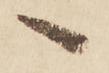
へ